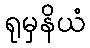
ရုမှနိယံ